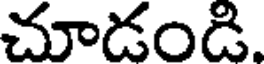
చూడంది.